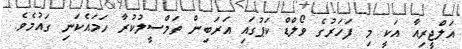
އަލްޖީރިއާ އަކީ މި ފަހަރުގެ ވޯލްޑް ކަޕުގައި އަރަބިން ތަމްސީލުކުރާ ހަމައެކަނި ގައުމެވެ.